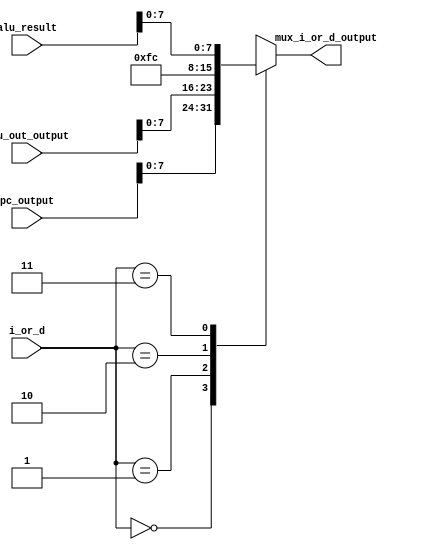
module MuxIorD (
  input wire [1:0]  i_or_d,
  input wire [31:0] pc_output,
  input wire [31:0] alu_out_output,
  input wire [31:0] alu_result,
  output reg [7:0] mux_i_or_d_output
);

always @(*) begin
    case (i_or_d)
      0: mux_i_or_d_output = pc_output[7:0];
      1: mux_i_or_d_output = alu_out_output[7:0];
      2: mux_i_or_d_output = 8'd252;
      3: mux_i_or_d_output = alu_result[7:0];
    endcase
end

endmodule